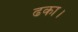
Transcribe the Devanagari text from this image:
ढका।